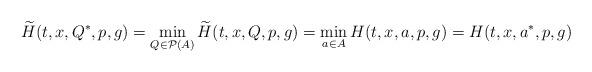
LaTeX: \begin{align*}\widetilde{H}(t,x,Q^\ast,p,g) = \min_{Q\in \mathcal{P}(A)} \widetilde{H}(t,x,Q,p,g) = \min_{a\in A} H(t,x,a,p,g) = H(t,x,a^\ast,p,g)\end{align*}